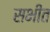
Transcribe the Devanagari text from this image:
सभीत